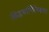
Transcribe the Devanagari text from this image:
सिद्धार्थाभिनिष्क्रमण